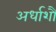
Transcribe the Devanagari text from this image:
अर्धाशौं